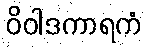
ဝိဝါဒကာရကံ